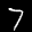
Label: 7